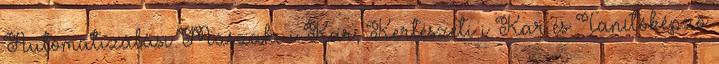
Automatizálási Mûszaki i Kar, Kertészeti i Kar és Tanítóképzõ